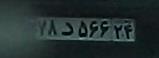
۷۸د۵۶۶۲۴